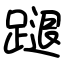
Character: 蹆